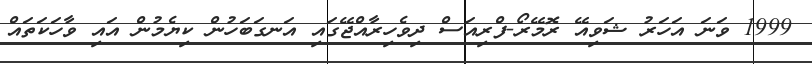
1999 ވަނަ އަހަރު ޝަވިއޭ ރޮމޭރޯ-ފްރިއަސް ދިވެހިރާއްޖޭގައި އަނގަބަހުން ކިޔެމުން އައި ވާހަކަތައް